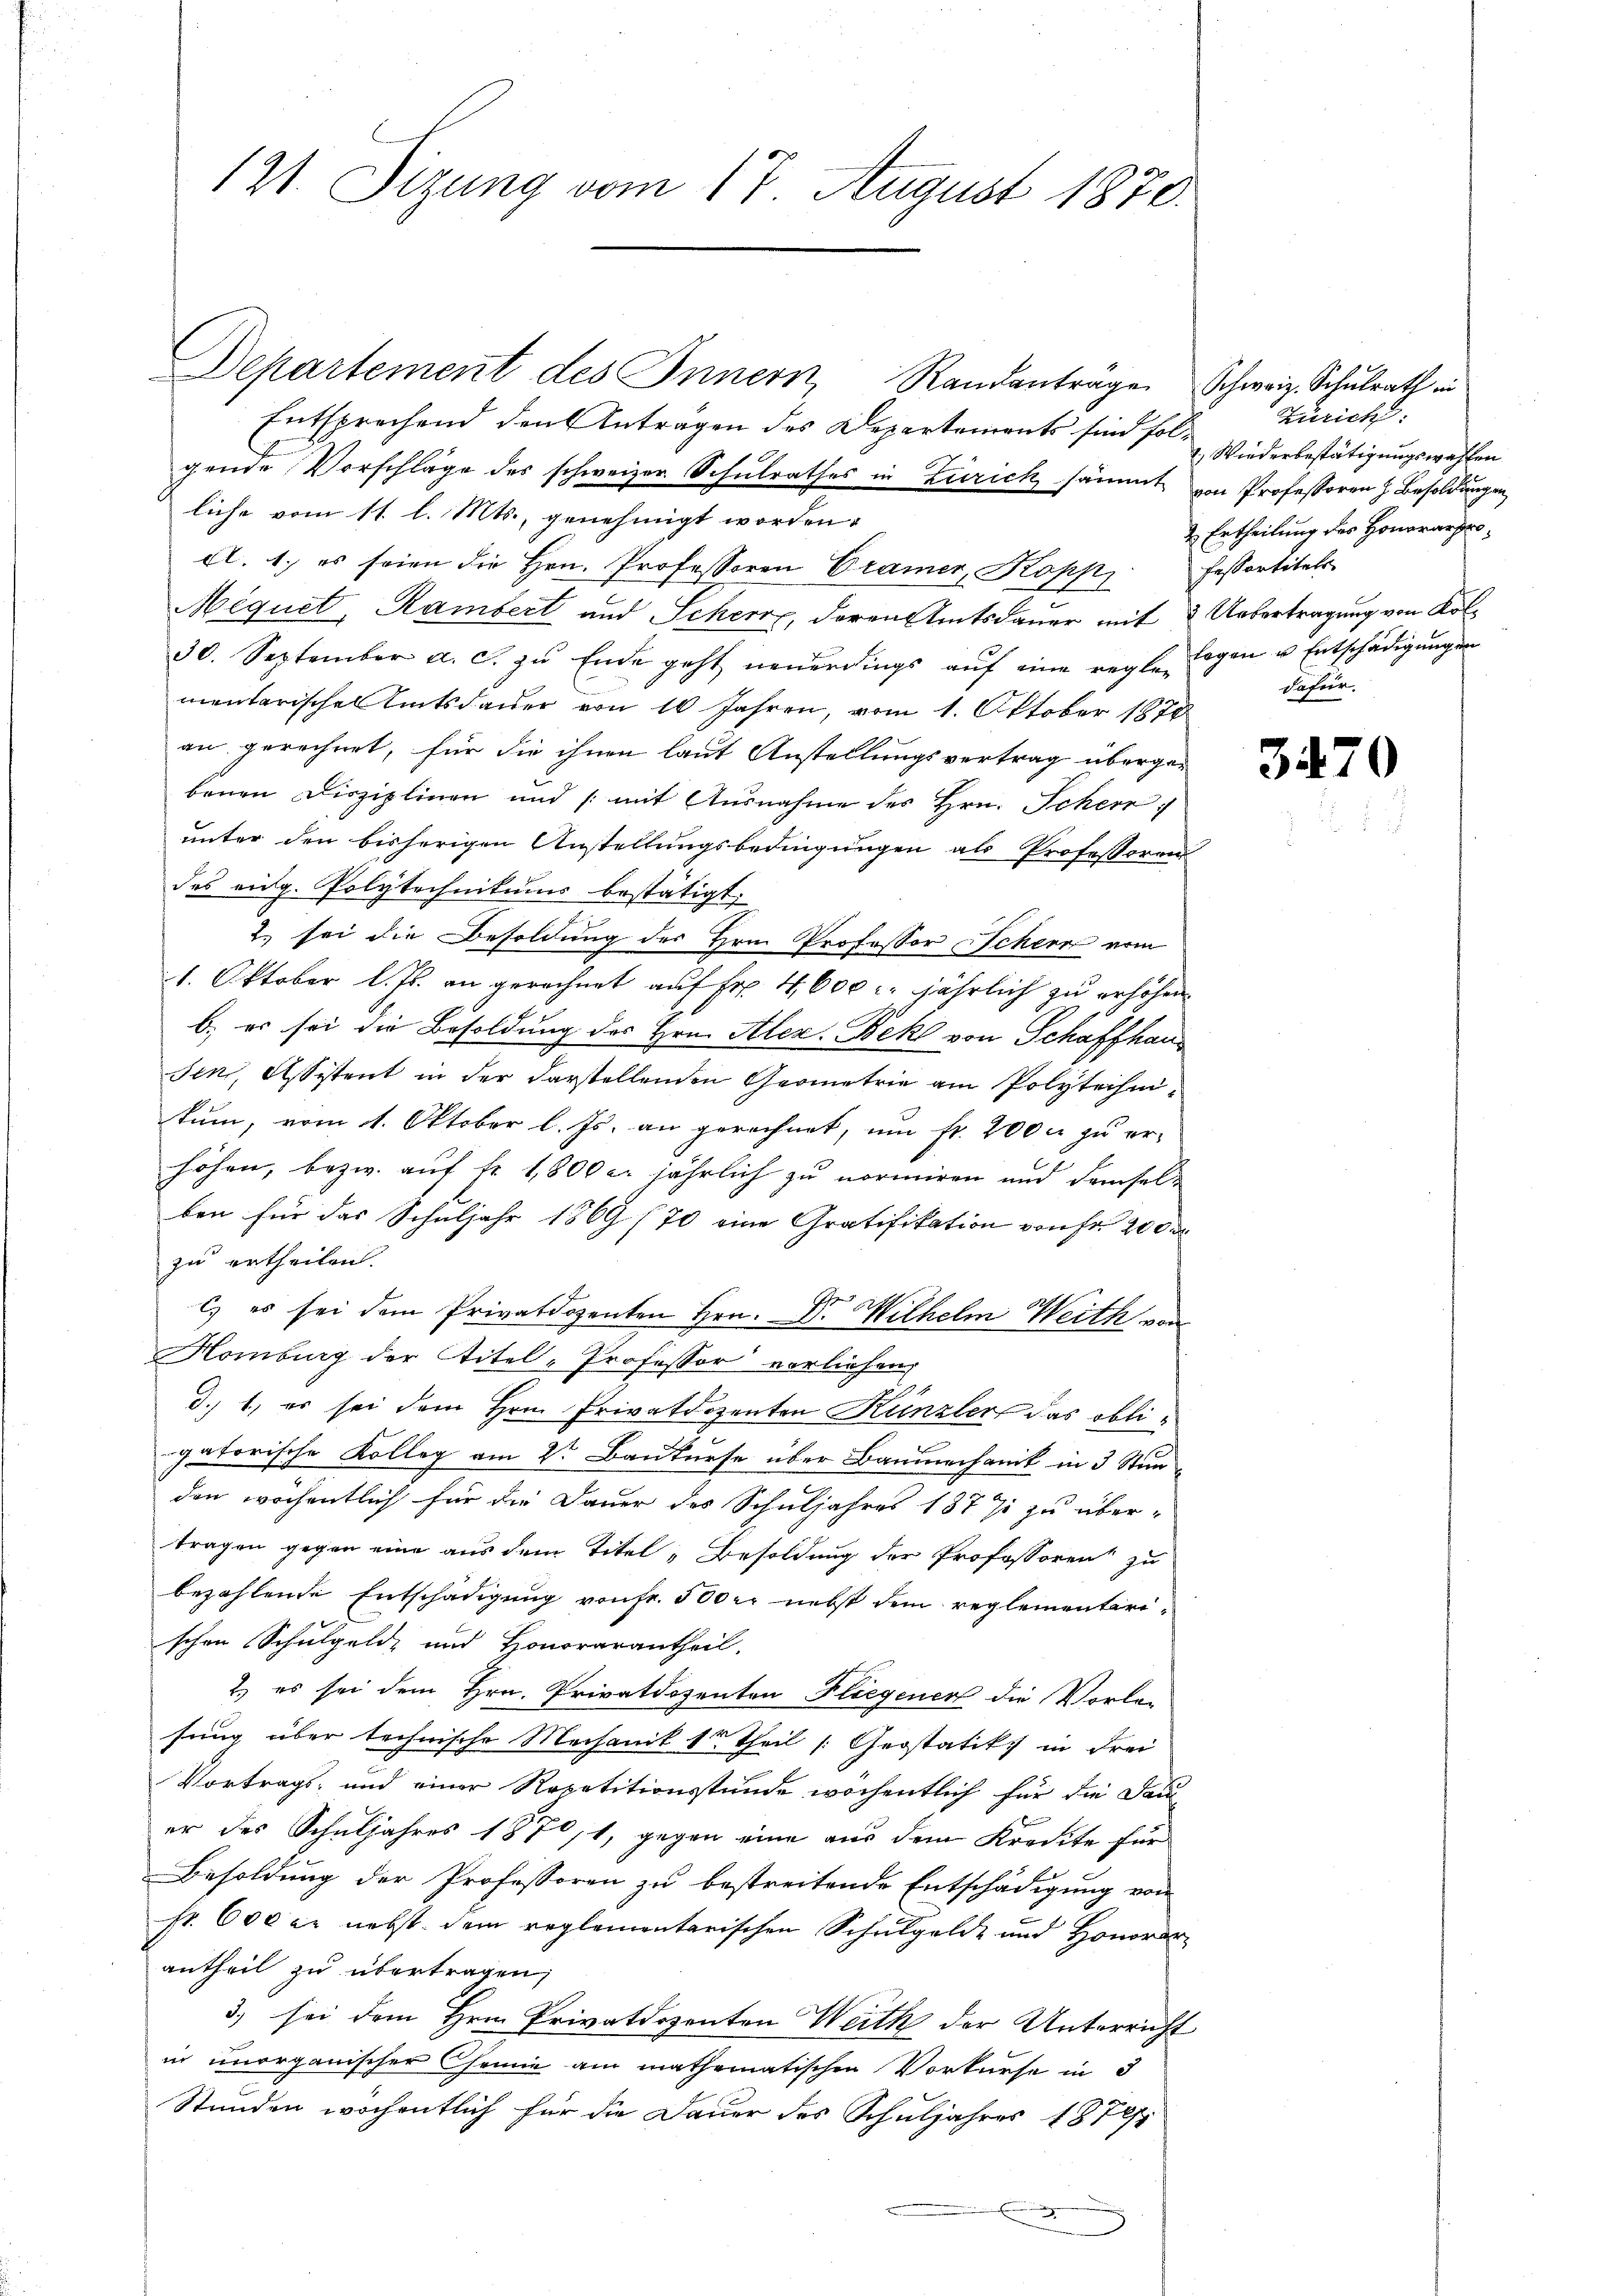
121. Sizung vom 17. August 1870.

Departement des Innern Randantrage Schweiz. Schulrath in
Entsprechend den Anträgen des Departements sind folgende Vorschläge des schweizer Schulrathes in Zürich sämmt von Professoren z. Besoldungen
liche vom 11. l. Mts., genehmigt worden.
A. 1. es seien die Hrn. Professoren Cramer, Kopp fessortitels
Miquet, Rambert und Scheer, deren Amtsdauer mit 2 Uebertragung von Kol¬
30. September a. c. zŭ Ende geht neŭerdings aŭf eine regl. Logen u. Entschädigŭngen
mentarische Amtsdauer von 10 Jahren, vom 1. Oktober 1878
an gerechnet, für die ihnen laut Anstellungsvertrag übergebenen Disziplinen und (mit Ausnahme des Hrn. Scher
unter den bisherigen Anstellungsbedingungen als Professoren
des eidg. Polytechnikums bestätigt,
2. sei die Besoldung des Hrn. Professor Scheer vom
1. Oktober l. Js. an gerechnet auf Fr. 4600. jährlich zu erhöhen.
b.) es sei die Besoldung des Hrn. Alex. Bek von Schaffhaus
sen, Assistent in der darstellenden Geometrie am Polytechnikum, vom 1. Oktober l. Js. an gerechnet, um fr. 2000 zu er-
höhen, bezw. auf Fr. 1,800 er jährlich zu normiren und demselben für das Schuljahr 1869 (70 eine Gratifikation von Fr. 20 de
zu ertheilen.
c) es sei dem Privatdozenten Hrn. Dr. Wilhelm Weith von
Homburg der Titel-Professor vorliehen,
.
d.) 1) es sei dem Hrn. Privatdozenten Künzler das obligatorische Kolleg am 2te Baukurse über Baumechanik in 3 Stun
den wöchentlich für die Dauer des Schuljahres 1877 zu über-
tragen gegen eine aus dem Titel, Besoldung der Professoren zu
bezahlende Entschädigung von Fr. 500 er nebst dem reglementarischen Schulgelde und Honorarantheil.
2.) es sei dem Hrn. Privatdozenten Fliegenen die Vorlasung über technische Mechanik 12 Theil [Geostatik in Frei
Vortrags- und einer Repetitionsstunde wochentlich für die Dan
er des Schuljahres 1870, 1, gegen eine aus dem Kredite für
Besoldung der Professoren zu bestreitende Entschädigung von
fr. 600 er nebst dem reglementarischen Schulgelde und Honorar
antheil zu übertragen;
3) sei dem Hrn. Privatdozenten Weith der Unterricht
in unorganischer Chemie am mathematischen Vorkurse in d
Stunden wöchentlich für die Dauer des Schuljahres 1872/1

Zürich:
 Wiederbestätigungswahlen
2 Ertheilung des Honorarprodafür.

347

¬